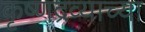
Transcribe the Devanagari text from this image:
कृष्णद्रव्याच्या